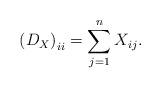
LaTeX: \begin{align*}\left(D_X\right)_{ii} = \sum_{j=1}^n X_{ij}.\end{align*}